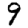
Digit: 9